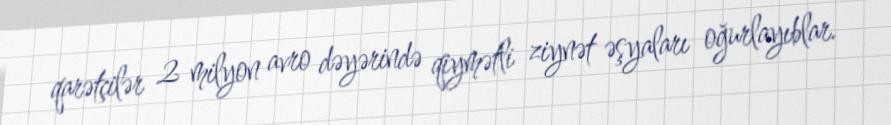
qarətçilər 2 milyon avro dəyərində qiymətli ziynət əşyaları oğurlayıblar.